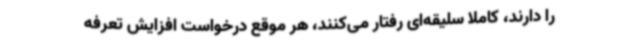
را دارند، کاملا سلیقه‌ای رفتار می‌کنند، هر موقع درخواست افزایش تعرفه